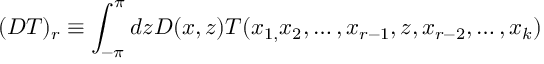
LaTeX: ( D T ) _ { r } \equiv \int _ { - \pi } ^ { \pi } d z D ( x , z ) T ( x _ { 1 , } x _ { 2 } , \ldots , x _ { r - 1 } , z , x _ { r - 2 } , \ldots , x _ { k } )